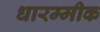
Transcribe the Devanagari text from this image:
धारम्मीक